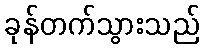
ခုန်တက်သွားသည်